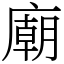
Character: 廟